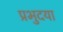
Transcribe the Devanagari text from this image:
प्रभुदया